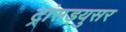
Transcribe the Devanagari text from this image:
ट्रांसड्युसर